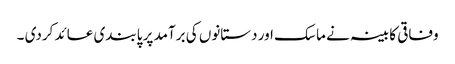
وفاقی کابینہ نے ماسک اور دستانوں کی برآمد پر پابندی عائد کردی ۔